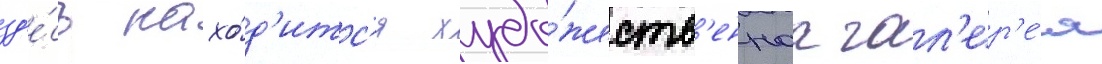
зд'е́сь нахо́д'итс'я худо́жеств'еннаа гал'ер'е́я